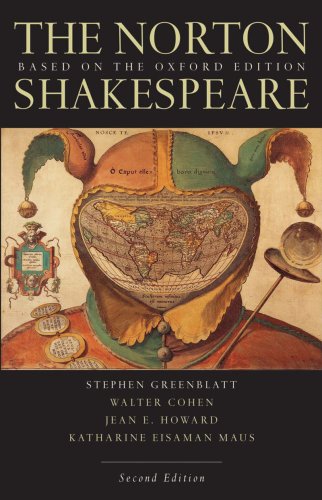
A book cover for The Norton Shakespeare: Based on the Oxford Edition, 2nd Edition; Literature & Fiction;